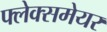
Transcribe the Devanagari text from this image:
फ्लेक्समेयर